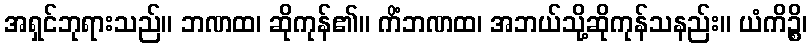
အရှင်ဘုရားသည်။ ဘဏထ၊ ဆိုကုန်၏။ ကိံဘဏထ၊ အဘယ်သို့ဆိုကုန်သနည်း။ ယံကိဉ္စိ၊